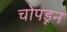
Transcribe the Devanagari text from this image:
चोपडून